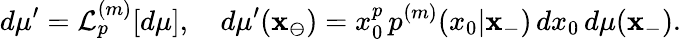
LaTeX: d\mu^{\prime}=\mathcal{L}_{p}^{(m)}[d\mu],\quad d\mu^{\prime}(\mathbf{x}_{\ominus})=x_{0}^{p}\, p^{(m)}(x_{0}|\mathbf{x}_{-})\, dx_{0}\, d\mu(\mathbf{x}_{-}).